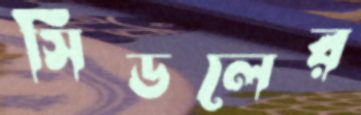
সিডলের